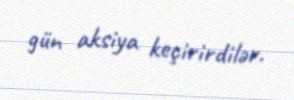
gün aksiya keçirirdilər.